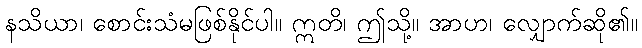
နသိယာ၊ စောင်းသံမဖြစ်နိုင်ပါ။ ဣတိ၊ ဤသို့။ အာဟ၊ လျှောက်ဆို၏။